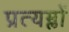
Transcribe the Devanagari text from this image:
प्रत्यम्लों